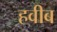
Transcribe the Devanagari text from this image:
हवीब